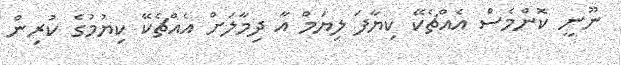
ނޫނީ ކޮންމެސް އެއްޗެކޭ ކިޔާފަ ލިޔަމް އާ ދިމާލަށް އެއްޗެކޭ ކިޔުމުގެ ކުރިން